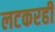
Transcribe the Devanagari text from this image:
लटकरही